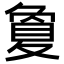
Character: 夐